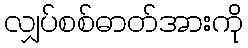
လျှပ်စစ်ဓာတ်အားကို